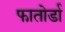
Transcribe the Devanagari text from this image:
फातोर्डा